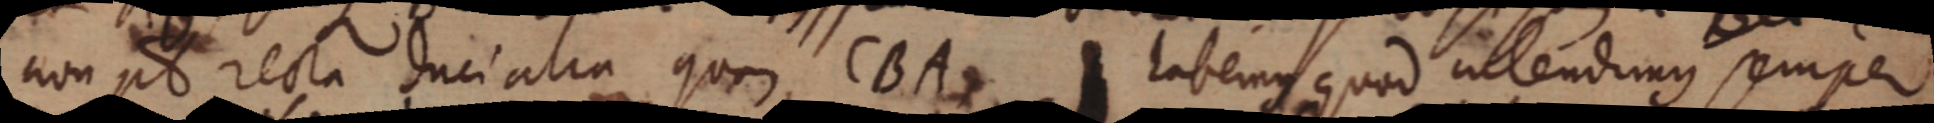
non pt recta duci alia quae CBA habemus quod _ endimus semper